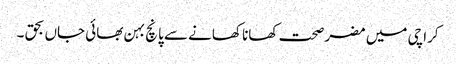
کراچی میں مضر صحت کھانا کھانے سے پانچ بہن بھائی جاں بحق ۔